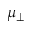
\mu _ { \perp }